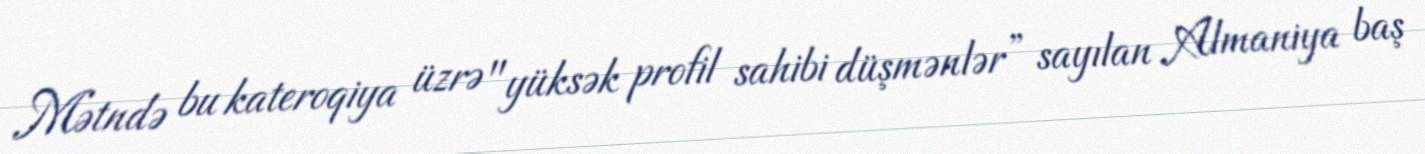
Mətndə bu kateroqiya üzrə "yüksək profil sahibi düşmənlər” sayılan Almaniya baş